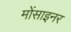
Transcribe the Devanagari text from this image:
मोंसाइनर